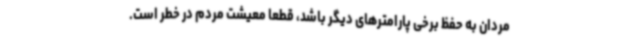
‌مردان به حفظ برخی پارامترهای دیگر باشد، قطعا معیشت مردم در خطر است.